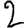
Digit: 2